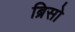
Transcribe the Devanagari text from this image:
ब्रिसो